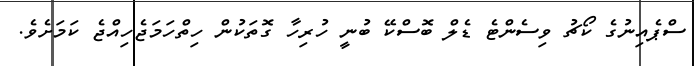
ސްޕެއިނުގެ ކޯޗު ވިސެންޓެ ޑެލް ބޮސްކޭ ބުނީ ހުރިހާ ގޮތަކުން ހިތްހަމަޖެހިއްޖެ ކަމަށެވެ.